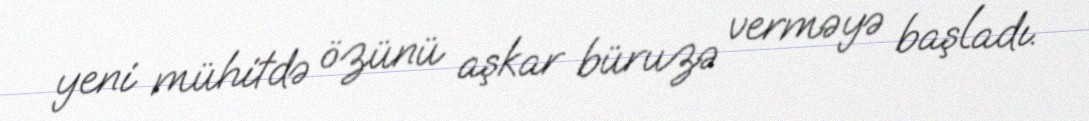
yeni mühitdə özünü aşkar büruzə verməyə başladı.